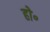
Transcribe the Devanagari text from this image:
हो॰